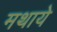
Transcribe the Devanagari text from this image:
मथाये